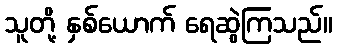
သူတို့ နှစ်ယောက် ရေဆွဲကြသည်။